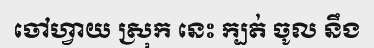
ចៅហ្វាយ ស្រុក នេះ ក្បត់ ចូល នឹង